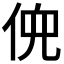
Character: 𫢳